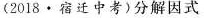
(2018 · 宿迁中考)分解因式